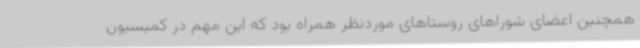
همچنین اعضای شوراهای روستاهای موردنظر همراه بود که این مهم در کمیسیون